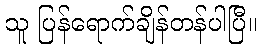
သူ ပြန်ရောက်ချိန်တန်ပါပြီ။